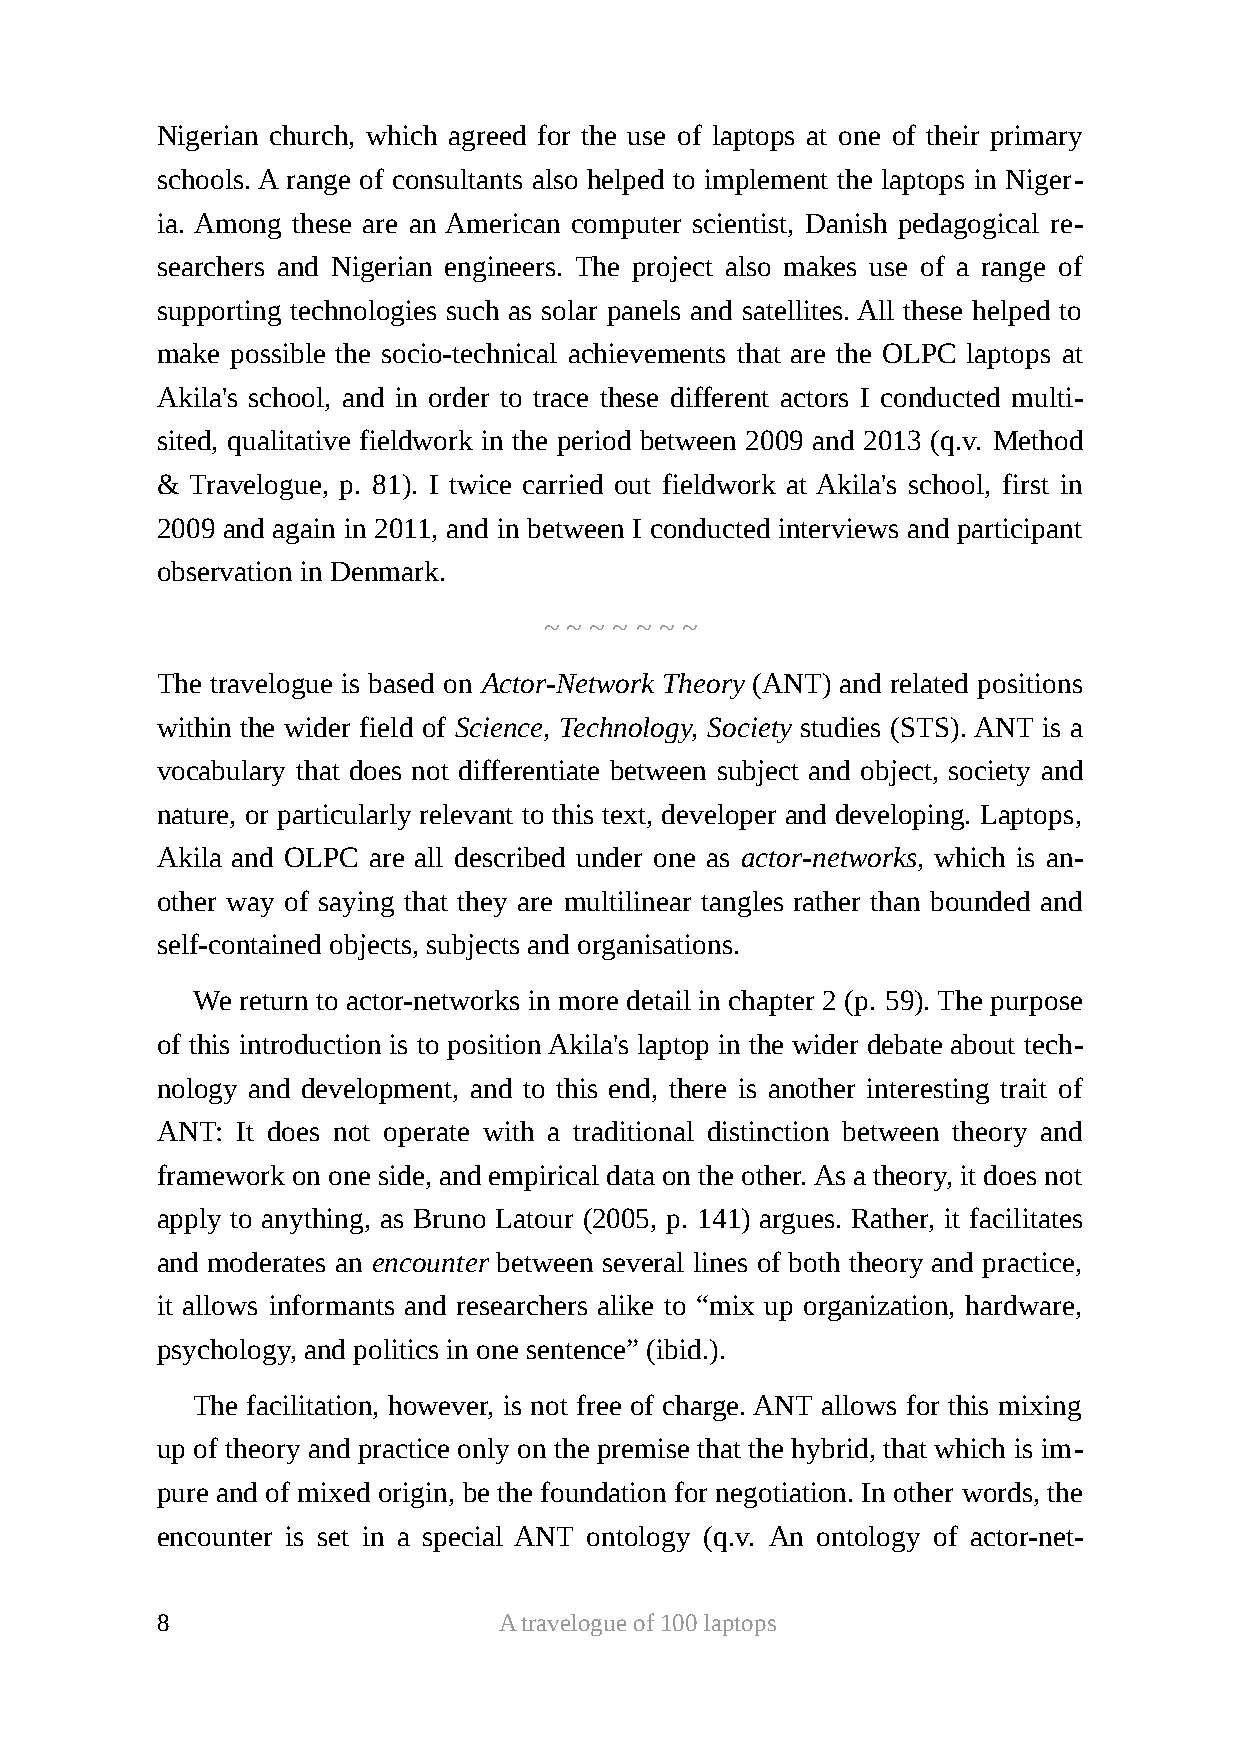
Nigerian church, which agreed for the use of laptops at one of their primary
 schools. A range of consultants also helped to implement the laptops in Niger-
 ia. Among these are an American computer scientist, Danish pedagogical re-
 searchers and Nigerian engineers. The project also makes use of a range of
 supporting technologies such as solar panels and satellites. All these helped to
 make possible the socio-technical achievements that are the OLPC laptops at
 Akila's school, and in order to trace these different actors I conducted multi-
 sited, qualitative fieldwork in the period between 2009 and 2013 (q.v. Method
 &  Travelogue, p. 81). I twice carried out fieldwork at Akila's school, first in
 2009 and again in 2011, and in between I conducted interviews and participant
 observation in Denmark.
 ~ ~ ~ ~ ~ ~ ~
 The travelogue is based on Actor-Network Theory (ANT) and related positions
 within the wider field of Science, Technology, Society studies (STS). ANT is a
 vocabulary that does not differentiate between subject and object, society and
 nature, or particularly relevant to this text, developer and developing. Laptops,
 Akila and OLPC are all described under one as actor-networks, which is an-
 other way of saying that they are multilinear tangles rather than bounded and
 self-contained objects, subjects and organisations.
 We return to actor-networks in more detail in chapter 2 (p. 59). The purpose
 of this introduction is to position Akila's laptop in the wider debate about tech-
 nology and development, and to this end, there is another interesting trait of
 ANT:  It does not operate with a traditional distinction between theory and
 framework on one side, and empirical data on the other. As a theory, it does not
 apply to anything, as Bruno Latour (2005, p. 141) argues. Rather, it facilitates
 and moderates an encounter between several lines of both theory and practice,
 it allows informants and researchers alike to “mix up organization, hardware,
 psychology, and politics in one sentence” (ibid.).
 The facilitation, however, is not free of charge. ANT allows for this mixing
 up of theory and practice only on the premise that the hybrid, that which is im-
 pure and of mixed origin, be the foundation for negotiation. In other words, the
 encounter is set in a special ANT ontology (q.v. An ontology of actor-net-
 8                      A travelogue of 100 laptops